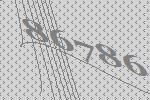
86786